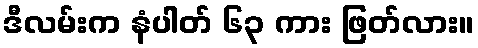
ဒီလမ်းက နံပါတ် ၆၃ ကား ဖြတ်လား။